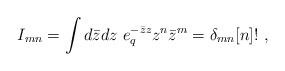
LaTeX: \begin{align*}I_{mn}=\int d\bar z dz\ e_q^{-\bar z z}z^n\bar z^m = \delta_{mn}[n]!\ , \end{align*}